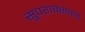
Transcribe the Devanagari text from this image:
सुपराक्साइड